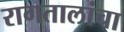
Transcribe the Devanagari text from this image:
रागतालांचा